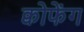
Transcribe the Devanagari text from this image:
क्वोफेंग